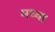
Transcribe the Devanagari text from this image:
मध्वा